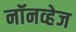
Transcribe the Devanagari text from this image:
नॉनव्हेज